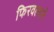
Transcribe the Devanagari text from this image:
फिरवल्याने